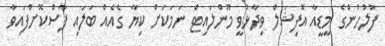
ފުލުހުންގެ މީޑީއާ އޮފިޝަލް ވިދާޅުވީ މޫންލައިޓް ނަމަކަށް ކިޔާ ގެއެއް ބަލައި ފާސްކޮށްފައިވާ